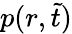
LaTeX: p(r,\tilde{t})